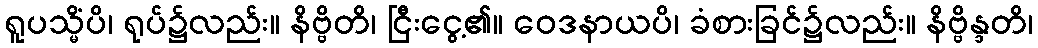
ရူပသ္မိံပိ၊ ရုပ်၌လည်း။ နိဗ္ဗိတိ၊ ငြီးငွေ့၏။ ဝေဒနာယပိ၊ ခံစားခြင်၌လည်း။ နိဗ္ဗိန္ဒတိ၊